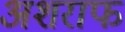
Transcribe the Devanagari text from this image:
अशराफ